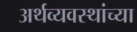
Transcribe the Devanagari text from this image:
अर्थव्यवस्थांच्या